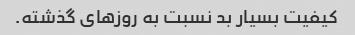
کیفیت بسیار بد نسبت به روزهای گذشته.